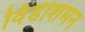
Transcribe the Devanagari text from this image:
विंडीशमन